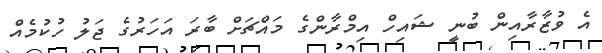
އެ ވުޒާރާއިން ބުނީ ޝައިހް އިމްރާންގެ މައްޗަށް ބާރަ އަހަރުގެ ޖަލު ހުކުމެއް